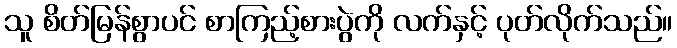
သူ စိတ်မြန်စွာပင် စာကြည့်စားပွဲကို လက်နှင့် ပုတ်လိုက်သည်။